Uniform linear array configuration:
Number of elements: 24
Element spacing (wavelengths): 0.5
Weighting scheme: kaiser
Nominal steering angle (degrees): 15
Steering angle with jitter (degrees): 16.616
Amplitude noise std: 0.05
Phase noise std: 0.05

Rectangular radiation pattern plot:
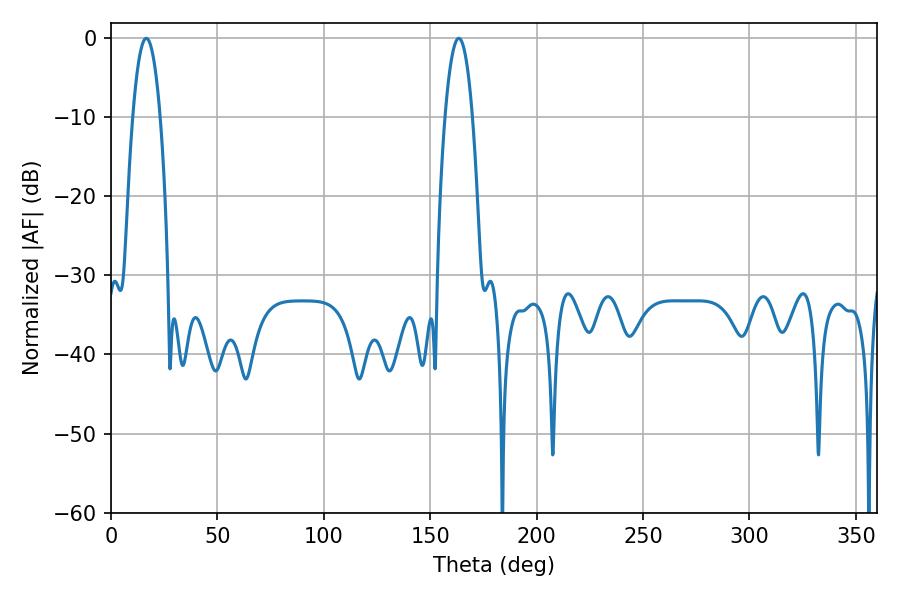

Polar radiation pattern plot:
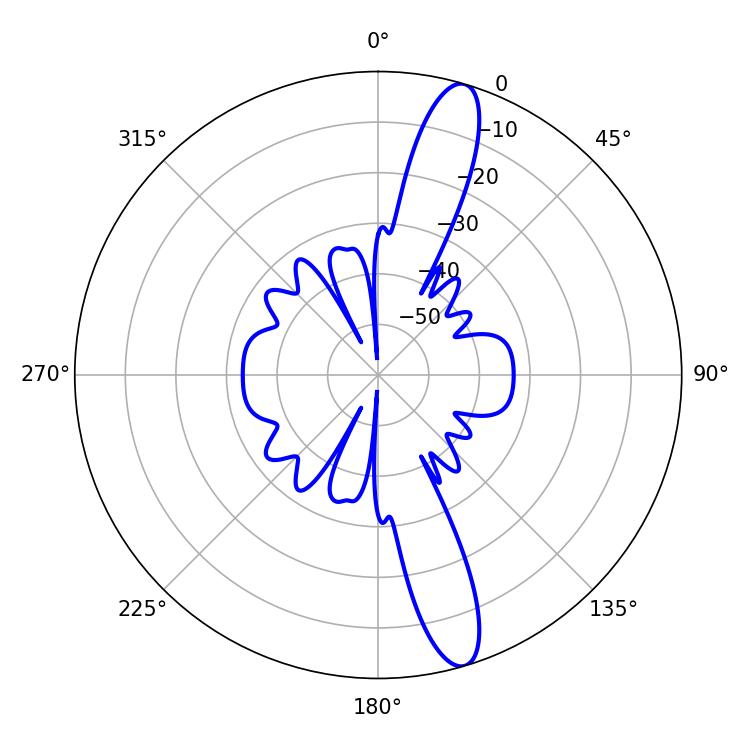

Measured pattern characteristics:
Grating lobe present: FALSE
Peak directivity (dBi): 14.202
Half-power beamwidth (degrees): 7.2
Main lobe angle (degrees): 16.56